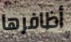
أظافرها